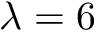
\lambda = 6